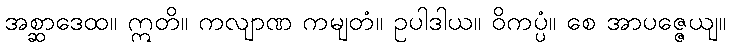
အစ္ဆာဒေထ။ ဣတိ။ ကလျာဏ ကမျတံ။ ဥပါဒါယ။ ဝိကပ္ပံ။ စေ အာပဇ္ဇေယျ။